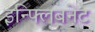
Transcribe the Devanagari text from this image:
इन्फ्लिबनेट